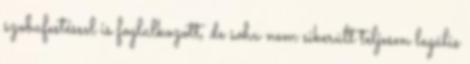
szobafestéssel is foglalkozott, de soha nem sikerült teljesen legális